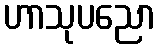
ဟာသုပညော